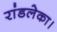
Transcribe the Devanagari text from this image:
रांडलेका।